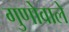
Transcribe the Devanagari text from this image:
गुणोवाले